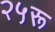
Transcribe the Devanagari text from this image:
२५रू